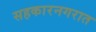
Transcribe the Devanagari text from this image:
सहकारनगरात